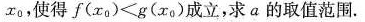
x_{0} ，使得$$f ( x _ { 0 } ) < g ( x _ { 0 } )$$成立，求a的取值范围.